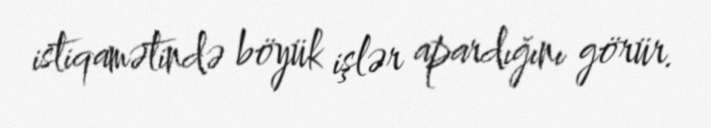
istiqamətində böyük işlər apardığını görür.